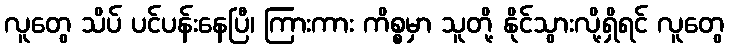
လူတွေ သိပ် ပင်ပန်းနေပြီ၊ ကြားကား ကိစ္စမှာ သူတို့ နိုင်သွားလို့ရှိရင် လူတွေ